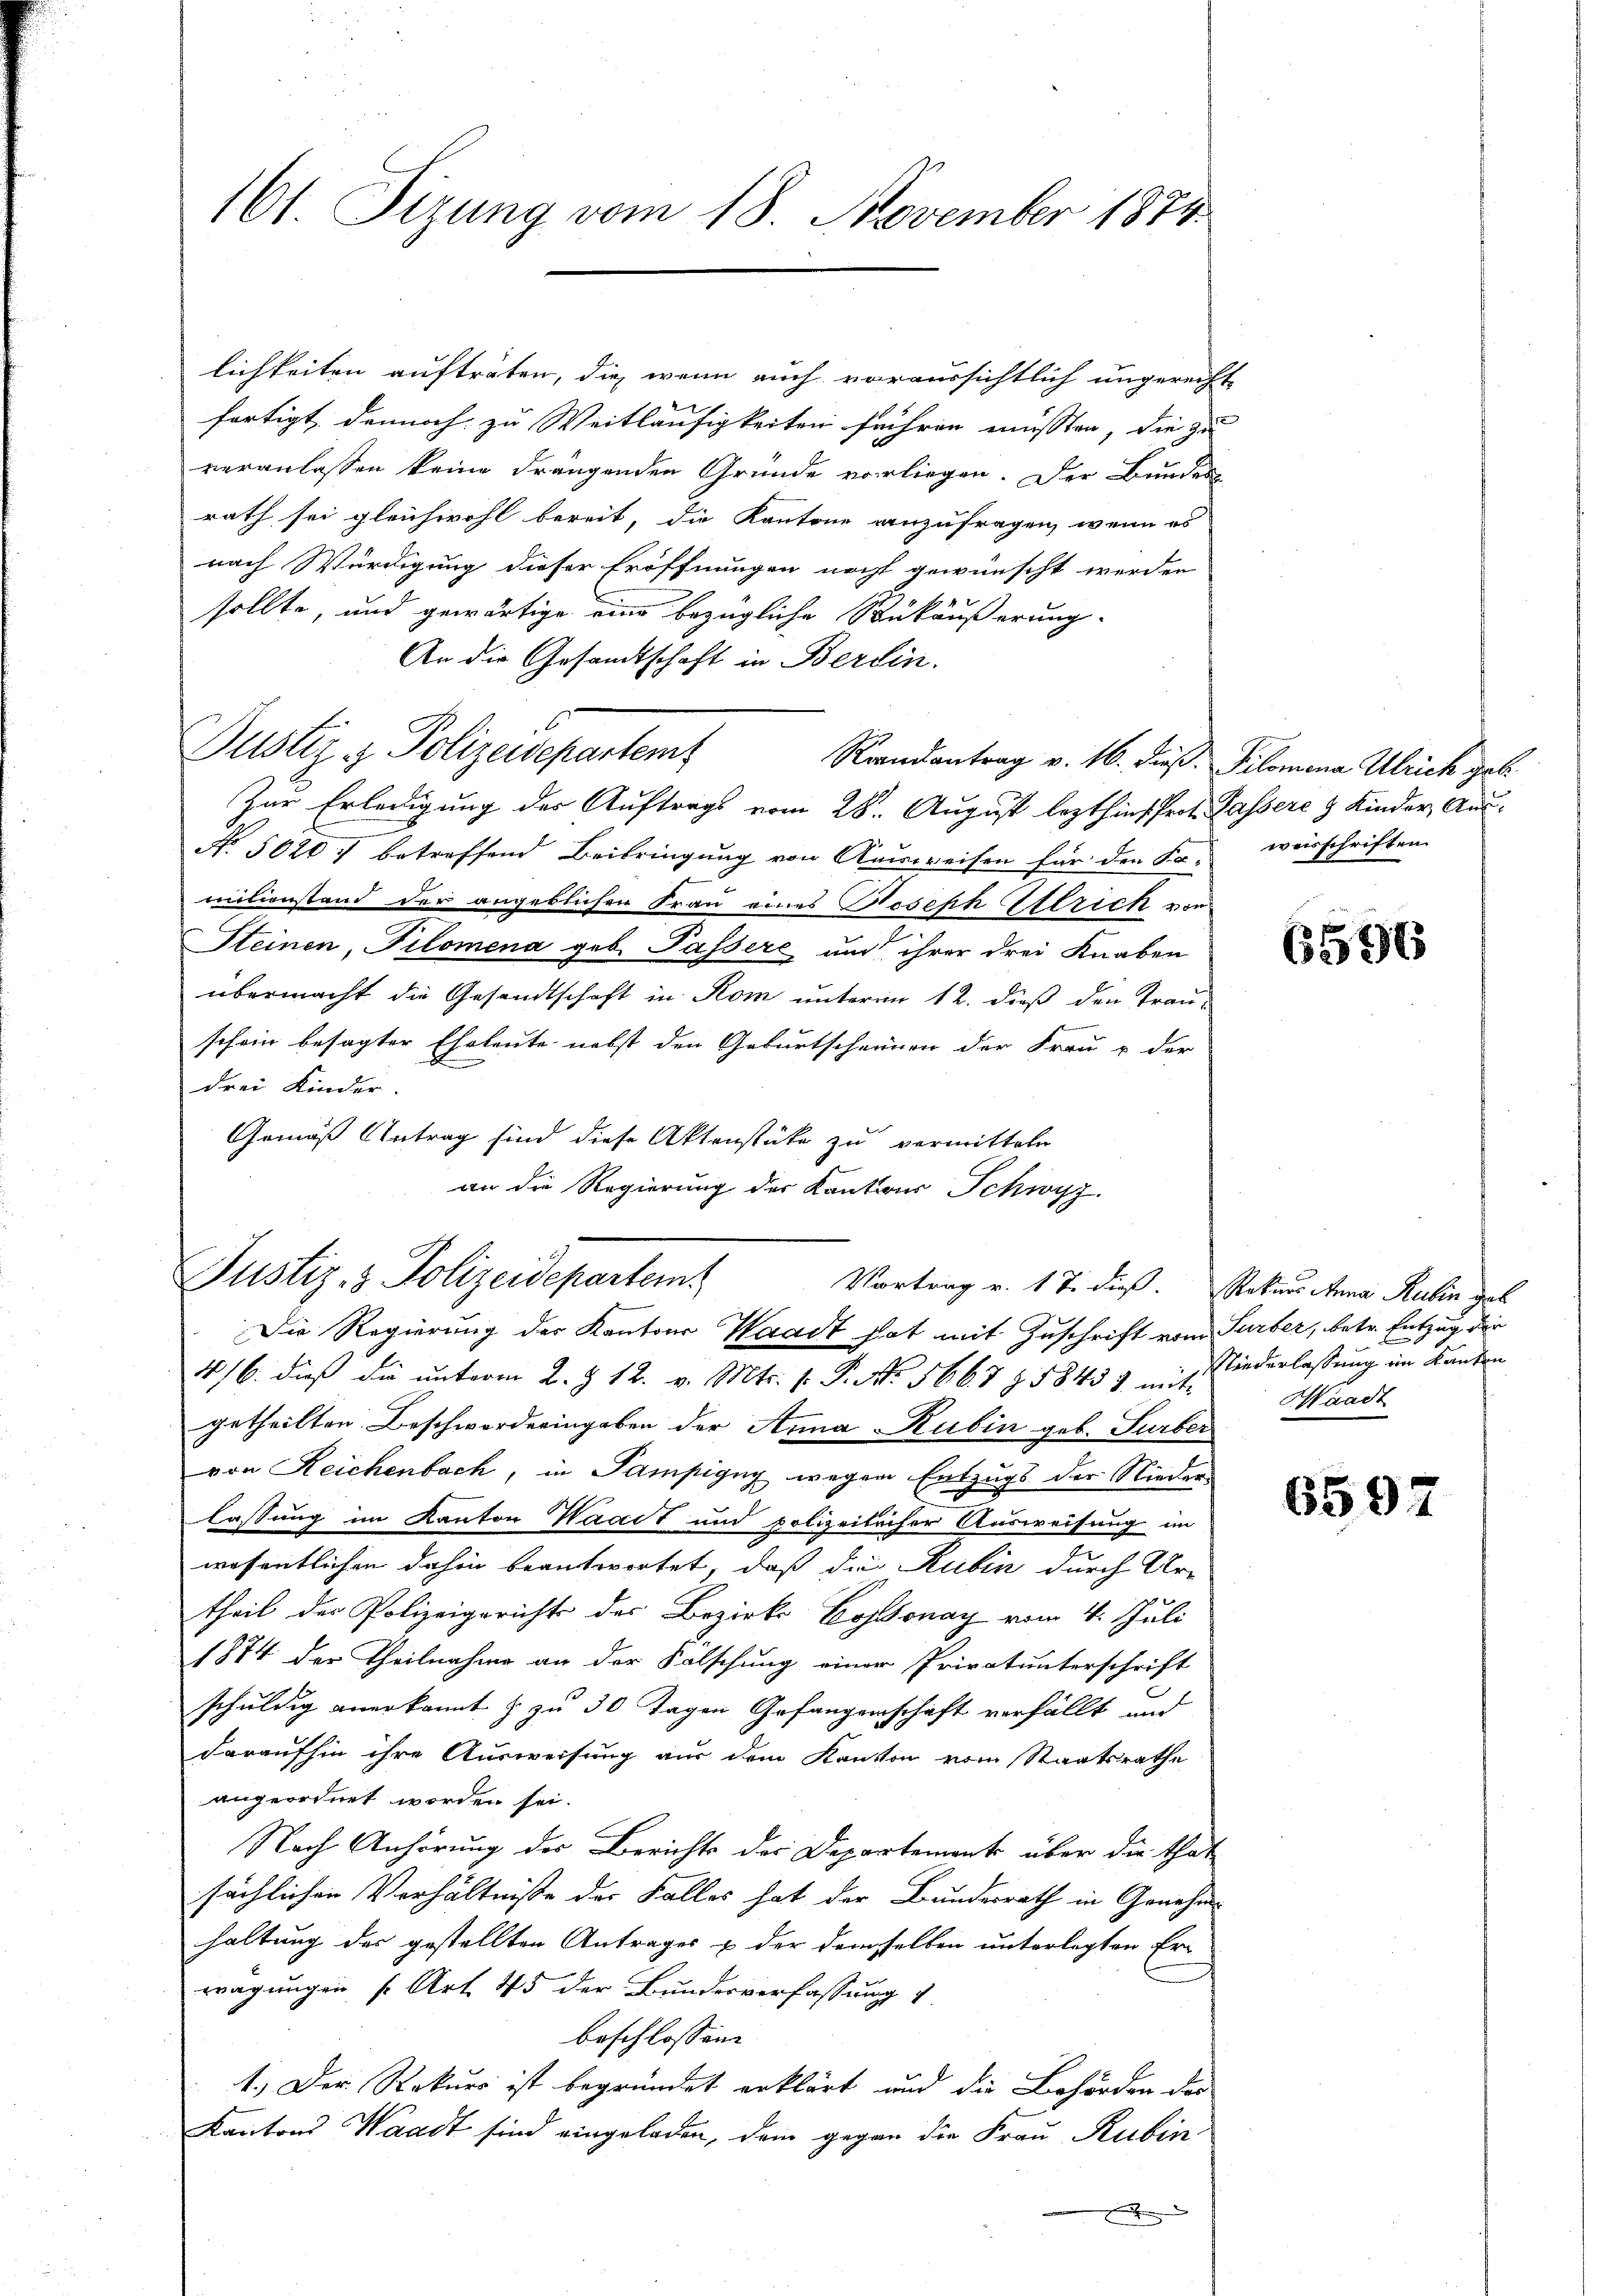
161. Sizung vom 18. November 1874

lichkeiten aufträten, die wenn auch voraussichtlich ungereicht
fortigt, dennoch zu Weitläufigkeiten führen müssten, die zu
veranlassen keine drängenden Gründe vorliegen. Der Bundes
rath sei gleichwohl bereit, die Kantone anzufragen, wenn es
nach Würdigung dieser Eröffnungen nacht gewünscht werden
sollte, und gewärtige eine bezügliche Saukäußerung-
An die Gesandtschaft in Berlin.
Justiz- & Polizeisepartem
Zur Erledigung der Auftrags vom 28. August lezthins Prot. Cassere & Kinder, Aus¬
No 5020. betreffend Beibringung von Ausweisen für den Fa- weisschriften
itionstand der angeblichen Frau eines Joseph Attrich vor
Steinen, Pilomena geb. Passere und ihrer drei Knaben
übermacht die Gesandtschaft in Rom unterm 12. dieß den Trauschein besagter Eheleute nebst den Geburtscheinen der Frau & der
drei Kinder.
Gemäß Antrag sind diese Aktenstüke zu vermitteln
an die Regierung der Kantons Schwyz.

Justiz- & Polizeidepartem
Vortrag v. 17. dieß.
Die Regierung der Kantons Waadt hat mit Zuschrift vom Surber, betr. Entzug die

4/6. dieß die unterm 2. § 12. v. Mts. f. P. No. 566. 7 § 58433 mit Niederlassung im Kanton
getheilten Beschworderingeben der Anna Rubin geb. Surber
von Reichenbach, in Sampigug wegen Entzugs der Nieder
lassung im Kanton Waadt und polizeilicher Ausweisung im
wesentlichen dahin beantwortet, daß die Rubin durch Ur-
theil der Polizeigericht des Bezirks Cossonay vom 4. Juli
1874 der Theilnahme an der Fälschung einer Privatunterschrift
schuldig anerkannt & zu 30 Tagen Gefangenschaft verfällt und
daraufhin ihre Ausweisung aus dem Kanton vom Staatsrathe
angeordnet worden sei.
Nach Anhörung der Berichts der Departement über die that
sächlichen Verhältnisse der Falles hat der Bundesrath in Genehme
haltung der gestellten Antrages & der demselben unterlegten Er-
tragungen s. Art. 45 der Bundesverfassung
beschlossene
1.) Der Rekurs ist begründet erklärt und die Behörden der
Kantons Waadt sind eingeladen, dem gegen die Frau Rubin
e

Randantrag v. 16. dieß. Pilomena Ulrich geb.

6596

Rekurs Anna Rubin geb
Waadt

6597